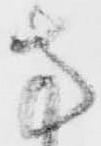
方